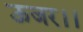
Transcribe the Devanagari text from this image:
ऊजर।।